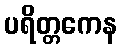
ပရိတ္တကေန